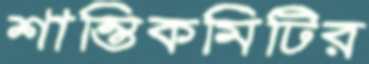
শান্তিকমিটির